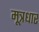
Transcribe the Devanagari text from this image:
मूत्रधार